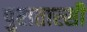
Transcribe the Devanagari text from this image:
पुरातास्सी